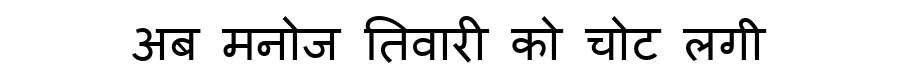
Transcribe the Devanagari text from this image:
अब मनोज तिवारी को चोट लगी